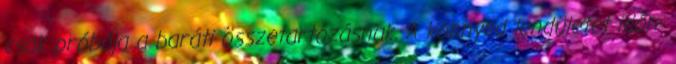
csak próbája a baráti összetartozásnak. A könnyed lendületet időn-